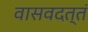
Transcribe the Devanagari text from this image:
वासवदत्तं